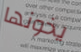
يخونها